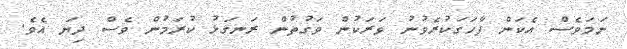
ނަމަވެސް އެކަން ފާހަގަކުރެވުނު ވަރަކުން ވަގުތުން ރަނގަޅު ކުރަމުން ވެސް ދިޔަ އެވެ.